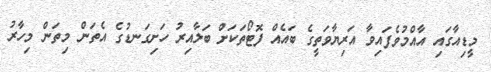
މީޑިއާގައި އާއްމުވެފައިވާ އަރިޔާވަތީގެ ބައެއް ފޮޓޯތަކަށް ބަލާއިރު ހަށިގަނޑުގެ އެތަން މިތަން މިހާރު